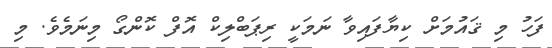
ފަހު މި ޤައުމަށް ކިޔާފައިވާ ނަމަކީ ރިޕަބްލިކް އޮފް ކޮންގޯ މިނަމެވެ. މި